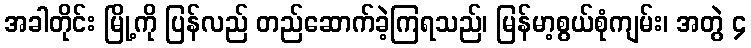
အခါတိုင်း မြို့ကို ပြန်လည် တည်ဆောက်ခဲ့ကြရသည်၊ မြန်မာ့စွယ်စုံကျမ်း၊ အတွဲ ၄